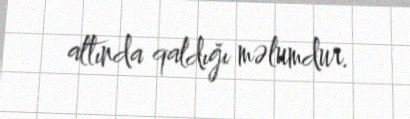
altında qaldığı məlumdur.